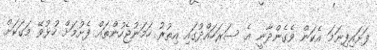
ފަށައިފިނަމަ އެކަން ވެގެންދާނީ އެ ސަރަހައްދުގައި އިތުރު ހަމަނުޖެހުންތައް ފެށުމަށް ހުޅުވޭ މަގަކަށް